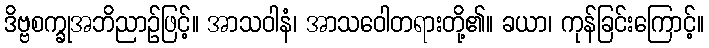
ဒိဗ္ဗစက္ခုအဘိညာဉ်ဖြင့်။ အာသဝါနံ၊ အာသဝေါတရားတို့၏။ ခယာ၊ ကုန်ခြင်းကြောင့်။